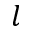
l